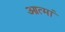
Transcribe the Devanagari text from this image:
आत्मां